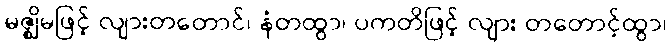
မဇ္ဈိမဖြင့် လျားတတောင်၊ နံတထွာ၊ ပကတိဖြင့် လျား တတောင့်ထွာ၊